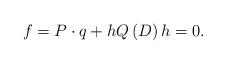
LaTeX: \begin{align*}f=P\cdot q+hQ\left( D\right) h=0. \end{align*}